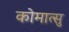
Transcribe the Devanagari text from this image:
कोमात्सु